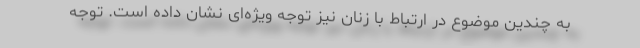
به چندین موضوع در ارتباط با زنان نیز توجه ویژه‌ای نشان داده است. توجه